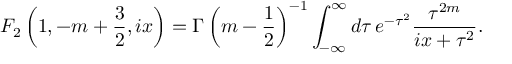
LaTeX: F _ { 2 } \left( 1 , - m + { \frac { 3 } { 2 } } , i x \right) = \Gamma \left( m - { \frac { 1 } { 2 } } \right) ^ { - 1 } \int _ { - \infty } ^ { \infty } d \tau \, e ^ { - \tau ^ { 2 } } { \frac { \tau ^ { 2 m } } { i x + \tau ^ { 2 } } } .